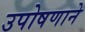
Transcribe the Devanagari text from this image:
उपोषणाने